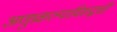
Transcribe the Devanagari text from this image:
अणुप्रकल्पाविरूद्धची